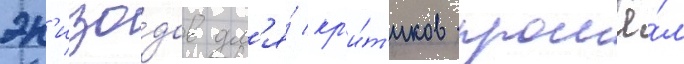
эп'изо́дов дл'я́ кр'и́т'иков прошё́л